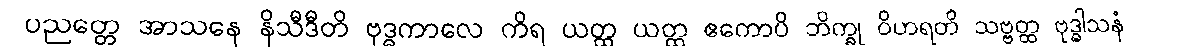
ပညတ္တေ အာသနေ နိသီဒီတိ ဗုဒ္ဓကာလေ ကိရ ယတ္ထ ယတ္ထ ဧကောပိ ဘိက္ခု ဝိဟရတိ သဗ္ဗတ္ထ ဗုဒ္ဓါသနံ